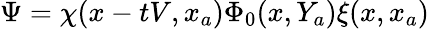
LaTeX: \Psi=\chi(x-tV,x_{a})\Phi_{0}(x,Y_{a})\xi(x,x_{a})